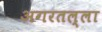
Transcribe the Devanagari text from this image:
अगरतल्ला